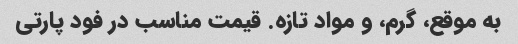
به موقع، گرم، و مواد تازه. قیمت مناسب در فود پارتی